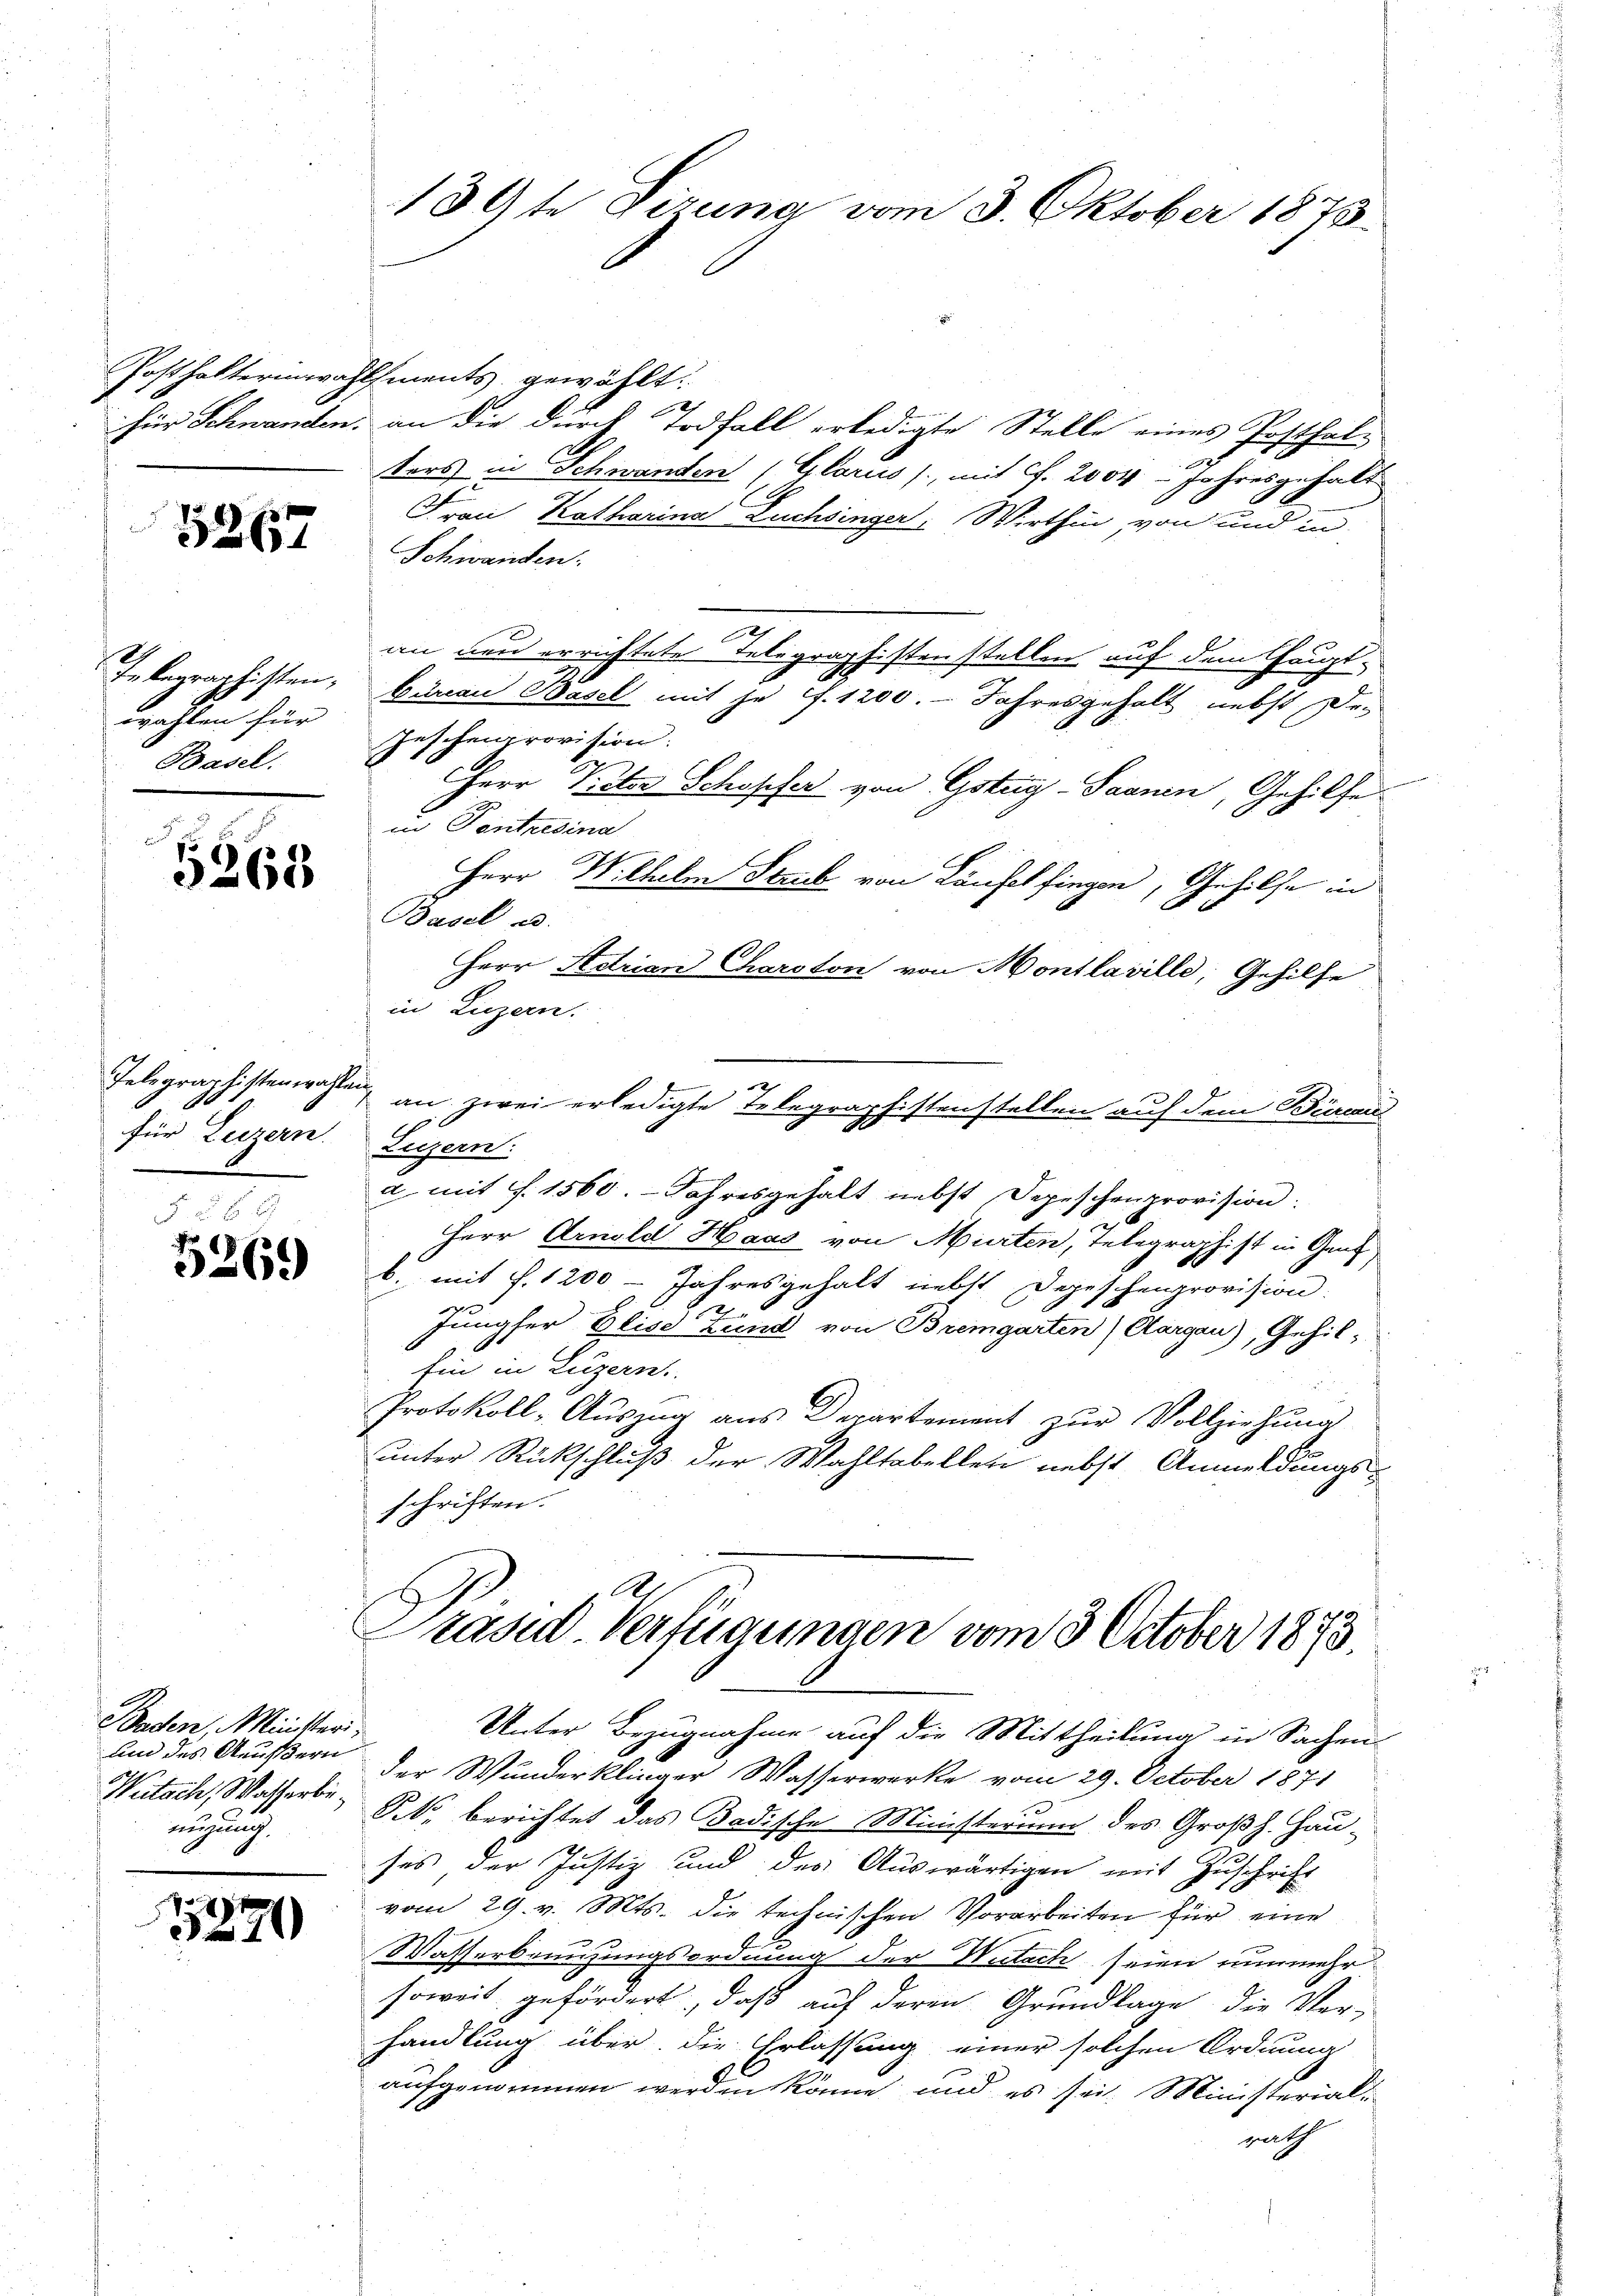
Für Schwanden.

3267

In legraphisten,
wahlen für
Basel.

5263

Telegraphisten wahlen,
für Luzern.

5269

Baden, Ministeri
und des Aeußern
eigung

3270

139te Sizung vom 3. Oktober 1873.

Posthalterinwahlfments gewählt:
an die durch Todfall erledigte Stelle eines Posthal-
2
ters in Schwanden (Glarus /, mit S. 2004 - Jahresgehalt
Frau Katharina Buchsinger. Wirthin, von und in
Schwanden.
an neu errichtete Telegraphistenstellen auf dem Hauptbureau Basel mit je f. 1200. - Jahresgehalt nebst De-
Jeschenprovision.
Herr Peter Schopfer von Gstey-Saanen, Gehilfe
in Pontresina
Herr Wilhelm Staub von Laufel fingen, Gehilfe in
Basel u.
Herr Astrian Charoton von Montlaville; Gehilfe
in Luzern.
an zwei erledigte Telegraphistenstellen auf dem Birmi
F
ch
Zuzern:
a mit S. 1560. Jahresgehalt nebst Depeschenprovision.

Herr Arnold Haas von Murten, Telegraphist in Genf
b. mit f. 1200 - Jahresgehalt nebst Depeschenprovision.
u
Jungfer Elise Zund von Bremgarten Aargau), Gehil¬
Ein in Luzern.
Protokoll-Auszug aus Departement zur Vollziehung
unter Rückschluß der Wahltabellen nebst Anmeldungs-
schriften.

Präsid. Verfügungen vom 3. October 1873

Unter Bezugnahme auf die Mittheilung in Sachen
der Wunderklinger Wasserwerke vom 29. October 1871
Witsch, Wasserbe. So berichtet das Badische Ministerium des Großh. Hauses der Justiz und des Auswärtigen mit Zuschrift
vom 29. v. Mts. die technischen Vorarbeiten für eine
Wasserbrauzungsordnung der Wutach seien nunmehr
soweit gefördert, daß auf deren Grundlage die Ver-
handlung über die Erlassung einer solchen Ordnung
aufgenommen werden könne, und es sei. Ministerialrath